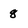
Character: 8